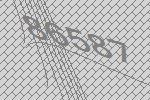
86587